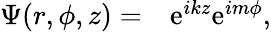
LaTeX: \begin{array}{rl}{\Psi(r,\phi,z)=}&{{}\mathrm{e}^{ikz}\mathrm{e}^{im\phi},}\end{array}